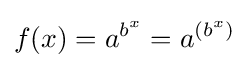
f(x)=a^{b^{x}}=a^{(b^{x})}